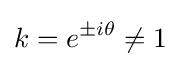
k=e^{\pm i\theta }\neq 1